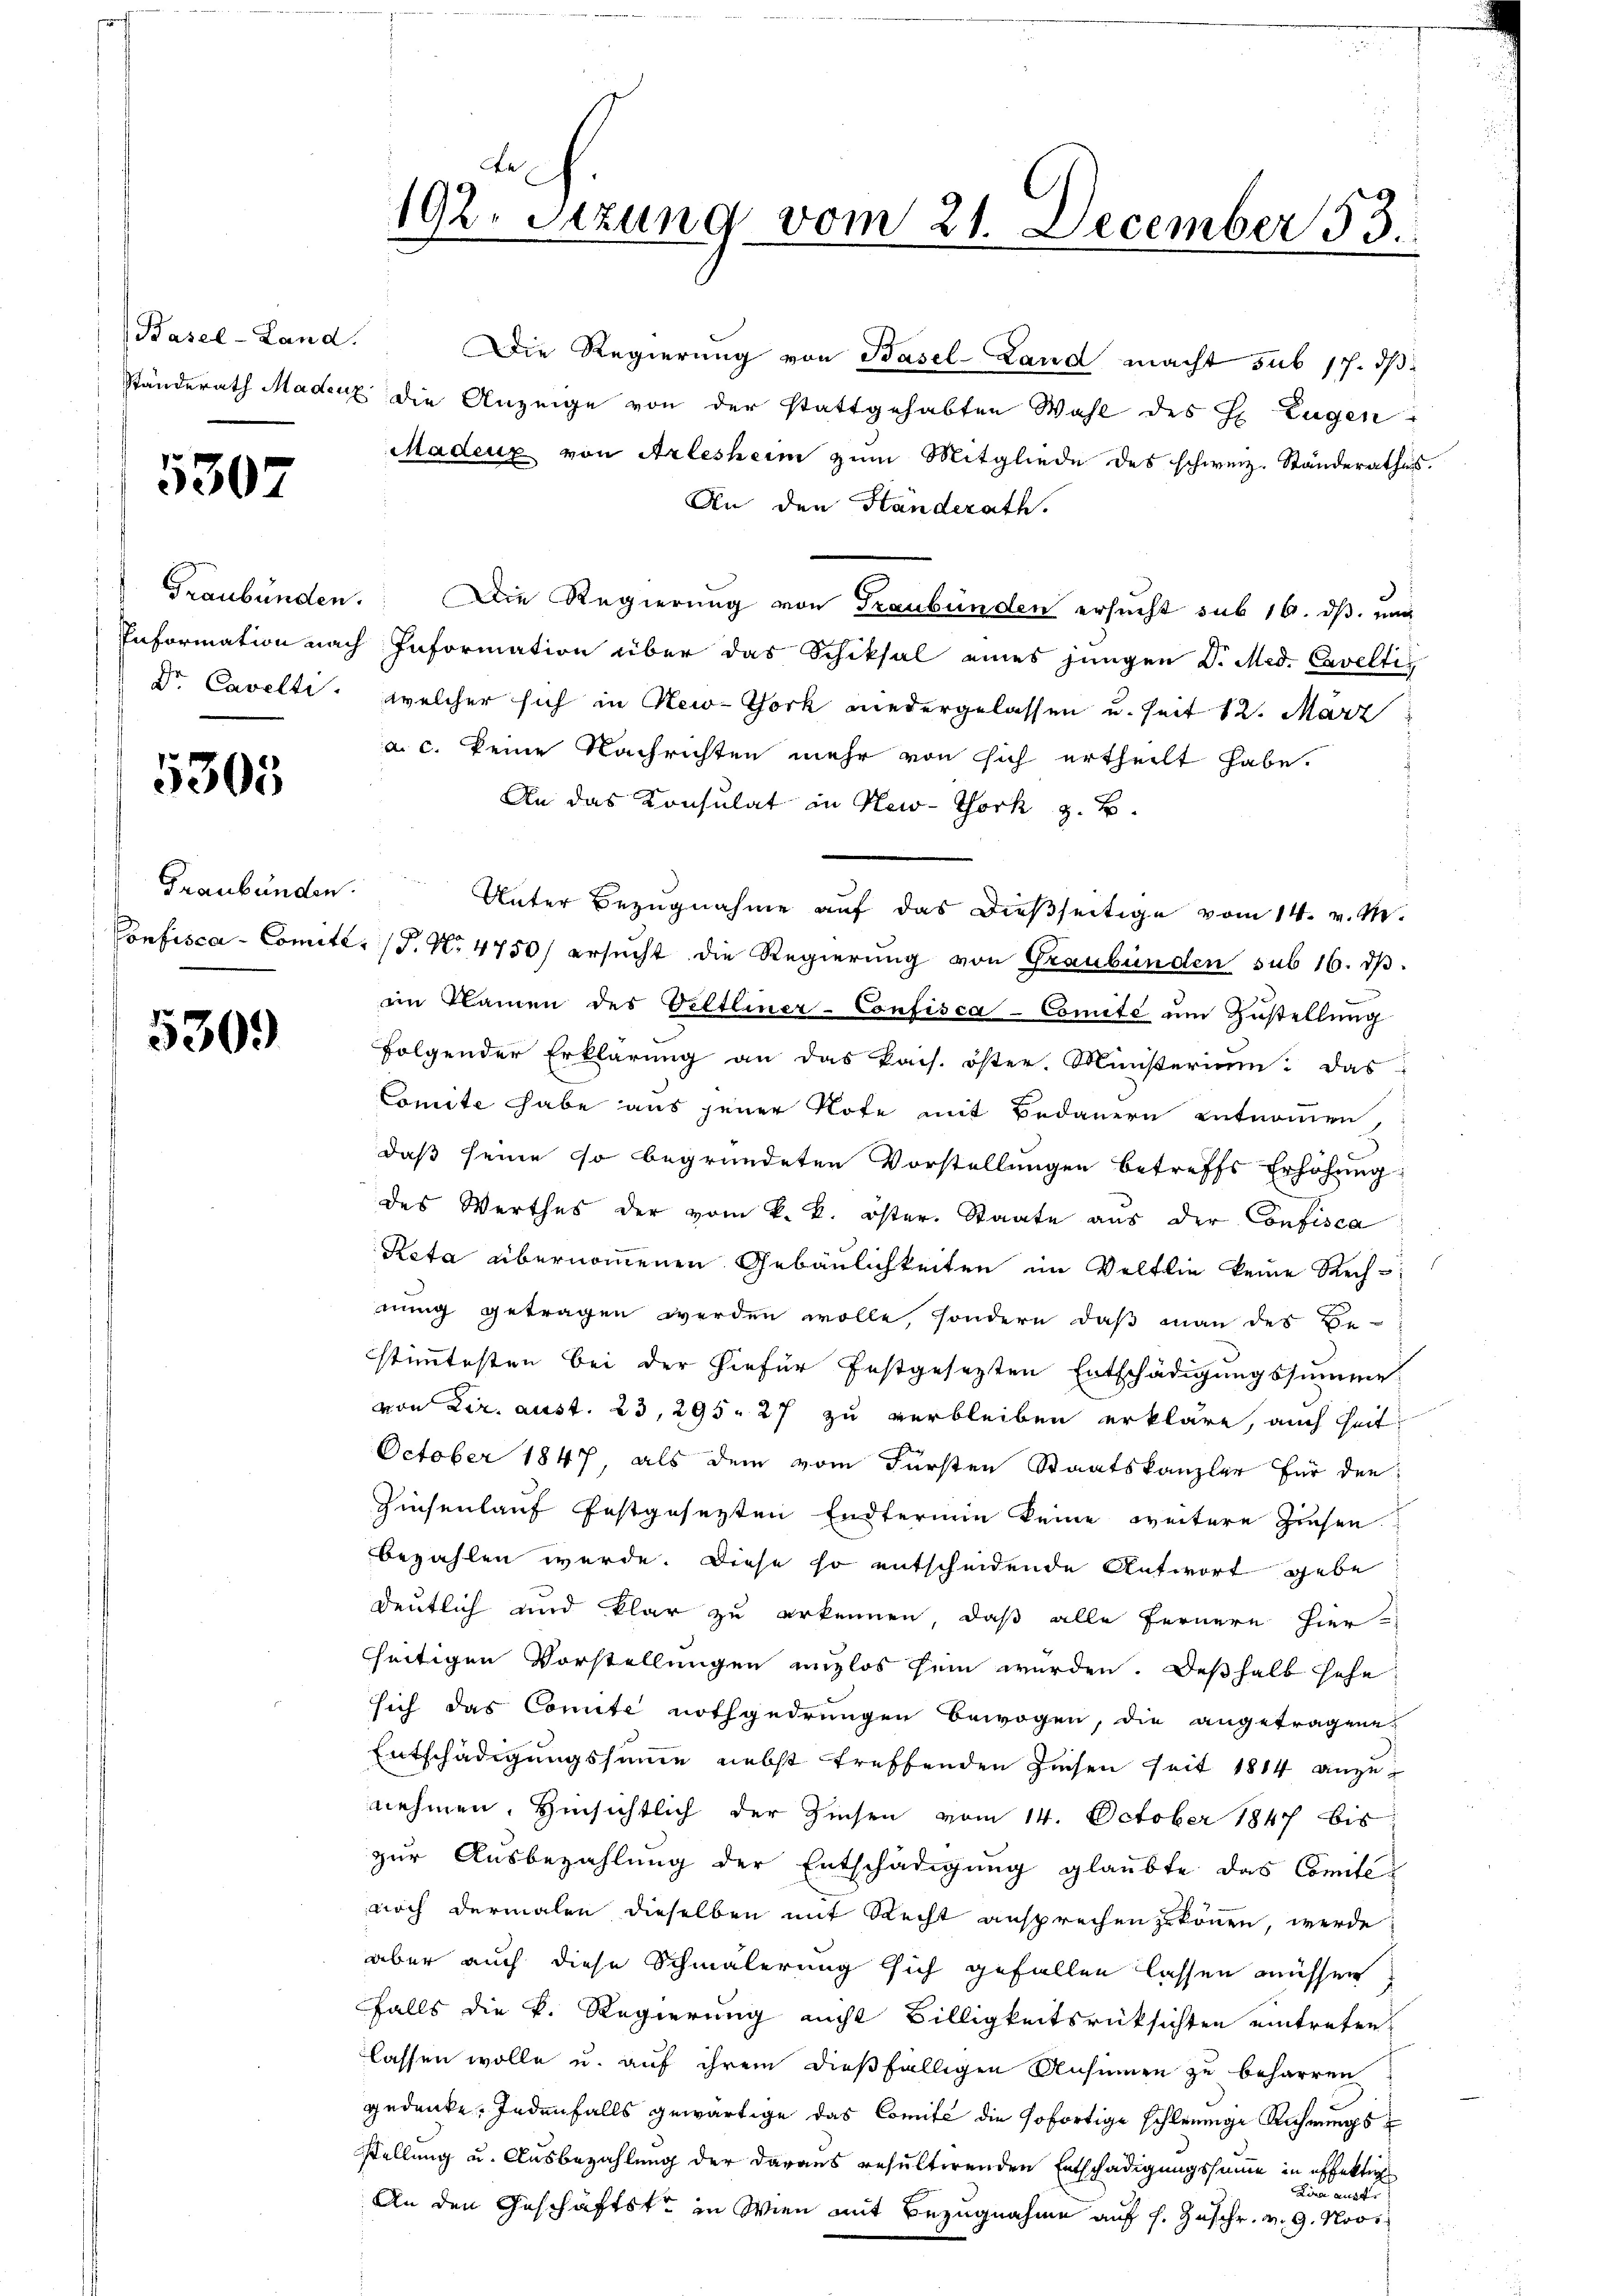
Basel-Land.

5307

Dr. Cavelti.

5305

Graubünden.

5309

Die Regierung von Basel-Land macht sub 17. ds
Ständerath Madenz die Anzeige von der stattgehabten Wahl des H. Eugen
Madeux von Arlesheim zum Mitgliede des schweiz. Ständerathes.
An den Händerath.
Graubünden. Die Regierung von Graubünden ersucht sub 16. ds. und
Information nach Information über das Schiksal eines jungen D. Med. Caveltis
welcher sich in New-York wiedergelassen u. seit 12. März
a. c. keine Nachrichten mehr von sich ertheilt habe.
An das Konsulat in New-York z. B.
Unter Bezugnahme auf das dießseitige vom 14. v. M.
Confisca - Comite. (T. N. 4750) ersucht die Regierung von Graubünden sub 16. dβ.
im Namen des Gelteiner-Confisca-Comité ŭm Zŭstellŭng
folgender Erklärung an das kais. öster. Ministerium: das
Comite habe aus jener Rote mit Bedauern entnommen,
daß seine so begründeten Vorstellungen betreffs Erhöhung
des Werthes der vom k. k. öster. Staate aŭs der Confisca
Reta übernommenen Gebäulichkeiten im Veltlin keine Rechnung getragen werden wolle, sondern daß man des Be-
stimmtesten bei der hiefür festgesetzten Entschädigungssumme
von Dir. aust. 23, 295. 27 zu verbleiben erkläre, auch heit
October 1847, als dem vom Fürsten Staatskanzler für den
Zinsenlauf festgesezten Endterium keine weitere Zinsen
bezahlen werde. Diese so entscheidende Antwort gebe
deutlich und klar zu erkennen, daß alle Fernere hier
seitigen Vorstellungen unzlos sein wurden. Deßhalb sehe
sich das Comité nothgedrungen bewogen, die angetragene
Entschädigungssumme nebst treffenden Zinsen seit 1814 anzunehmen. Hinsichtlich der Zinsen vom 14. October 1847 bis
zŭr Aŭsbezahlŭng der Entschädigŭng glaubte das Comité-
noch dermalen dieselben mit Recht ansprechen zu können, werde
aber auch diese Schmälerung sich gefallen lassen müssen
falls die k. Regierung nicht Billigkeitsrücksichten eintreten
lassen wolle u. auf ihrem dießfälligen Ansinnen zu beharren
gedenke. Jedenfalls gewärtige das Comité die sofortige schleunige Richwings
stellung u. Ausbezahlung der daraus resulterenden Entschädigungssumme in effekti
Lire ausdr
An den Geschäftste in Wien mit Bezugnahme auf s. Zuschr. v. 9. Nov.

102. Sezung vom 21. December 53.